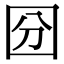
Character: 𡇇